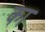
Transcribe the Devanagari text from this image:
का